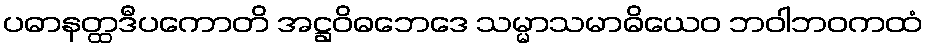
ပဓာနတ္ထဒီပကောတိ အဋ္ဌဝိဓဘေဒေ သမ္မာသမာဓိယေဝ ဘဝါဘဝကထံ